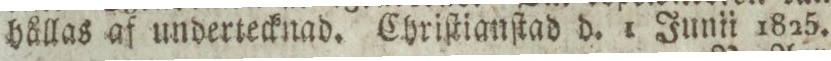
hållas af undertecknad. Chriſtianſtad d. 1 Junii 1825.